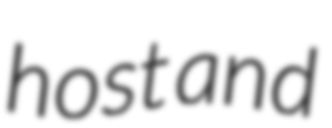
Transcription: host and